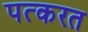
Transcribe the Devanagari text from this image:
पत्करत